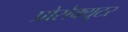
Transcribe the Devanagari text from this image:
प्रोसेक्यूटर